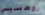
رمسيس